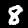
Digit: 8